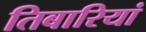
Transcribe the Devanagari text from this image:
तिबारियां